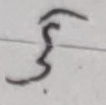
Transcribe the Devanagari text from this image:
३